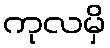
ကုလမှိ